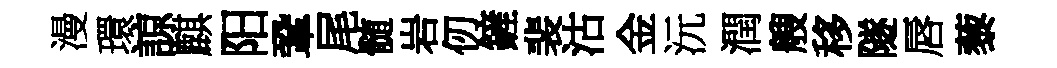
漫環諒麒阳鞏尾髄岩仞鏟裴沽金沅潤艘移隧唇藜